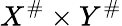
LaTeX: X^{\# }\times Y^{\# }